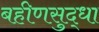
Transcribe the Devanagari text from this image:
बहीणसुद्धा